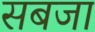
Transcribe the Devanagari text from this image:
सबजा